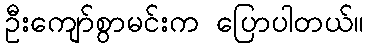
ဦးကျော်စွာမင်းက ပြောပါတယ်။